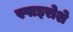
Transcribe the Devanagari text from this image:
स्पाइरोशे